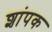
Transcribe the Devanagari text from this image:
शांपक